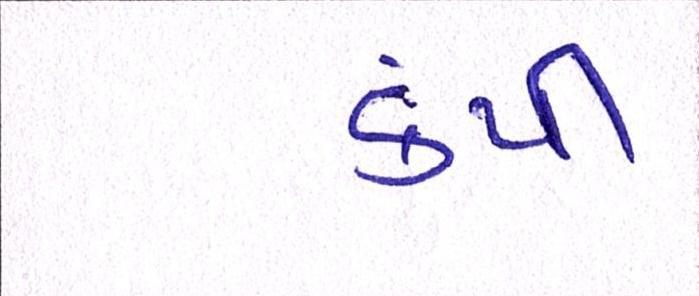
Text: કંપી